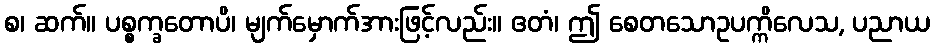
စ၊ ဆက်။ ပစ္စက္ခတောပိ၊ မျက်မှောက်အားဖြင့်လည်း။ ဧတံ၊ ဤ စေတသောဥပက္ကိလေသ, ပညာယ